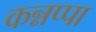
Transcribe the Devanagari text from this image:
कन्नप्पा